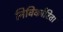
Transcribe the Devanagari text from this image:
निविर्कारिता